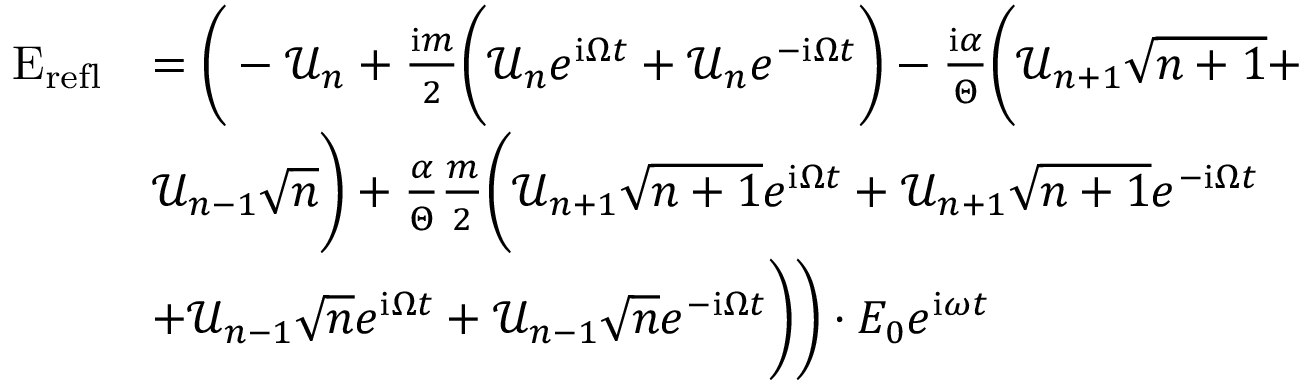
\begin{array} { r l } { \mathrm { E } _ { \mathrm { r e f l } } } & { = \Bigg ( - \mathcal { U } _ { n } + \frac { \mathrm { i } m } { 2 } \bigg ( \mathcal { U } _ { n } e ^ { \mathrm { i } \Omega t } + \mathcal { U } _ { n } e ^ { - \mathrm { i } \Omega t } \bigg ) - \frac { \mathrm { i } \alpha } { \Theta } \bigg ( \mathcal { U } _ { n + 1 } \sqrt { n + 1 } + } \\ & { \mathcal { U } _ { n - 1 } \sqrt { n } \bigg ) + \frac { \alpha } { \Theta } \frac { m } { 2 } \bigg ( \mathcal { U } _ { n + 1 } \sqrt { n + 1 } e ^ { \mathrm { i } \Omega t } + \mathcal { U } _ { n + 1 } \sqrt { n + 1 } e ^ { - \mathrm { i } \Omega t } } \\ & { + \mathcal { U } _ { n - 1 } \sqrt { n } e ^ { \mathrm { i } \Omega t } + \mathcal { U } _ { n - 1 } \sqrt { n } e ^ { - \mathrm { i } \Omega t } \bigg ) \Bigg ) \cdot E _ { 0 } e ^ { \mathrm { i } \omega t } } \end{array}